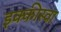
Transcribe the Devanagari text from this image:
इक्कीस्वा